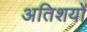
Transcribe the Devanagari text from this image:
अतिशयों